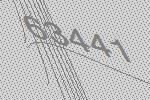
63441